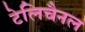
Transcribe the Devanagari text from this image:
टेलिचैनल